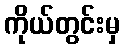
ကိုယ်တွင်းမှ